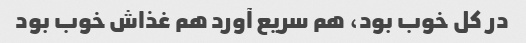
در کل خوب بود، هم سریع آورد هم غذاش خوب بود